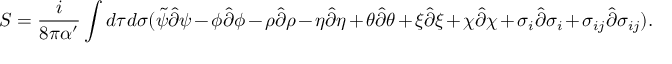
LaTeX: S = \frac { i } { 8 \pi \alpha ^ { \prime } } \int d \tau d \sigma ( \tilde { \psi } \hat { \partial } \psi - \phi \hat { \partial } \phi - \rho \hat { \partial } \rho - \eta \hat { \partial } \eta + \theta \hat { \partial } \theta + \xi \hat { \partial } \xi + \chi \hat { \partial } \chi + \sigma _ { i } \hat { \partial } \sigma _ { i } + \sigma _ { i j } \hat { \partial } \sigma _ { i j } ) .